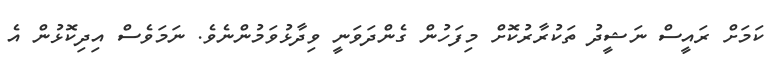
ކަމަށް ރައީސް ނަޝީދު ތަކުރާރުކޮށް މިފަހުން ގެންދަވަނީ ވިދާޅުވަމުންނެވެ. ނަަމަވެސް އިދިކޮޅުން އެ